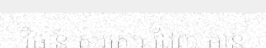
វិធាន សរសេរ ដែល មាន